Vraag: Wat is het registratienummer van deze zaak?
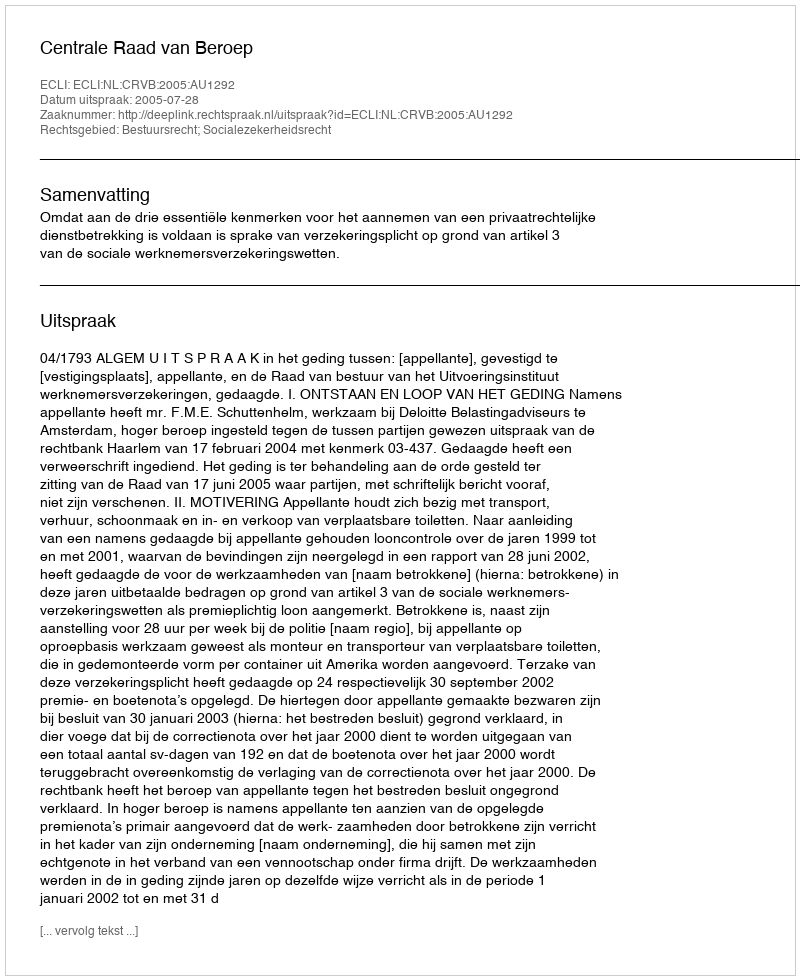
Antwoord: http://deeplink.rechtspraak.nl/uitspraak?id=ECLI:NL:CRVB:2005:AU1292